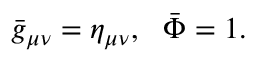
{ \bar { g } } _ { \mu \nu } = \eta _ { \mu \nu } , ~ ~ { \bar { \Phi } } = 1 .